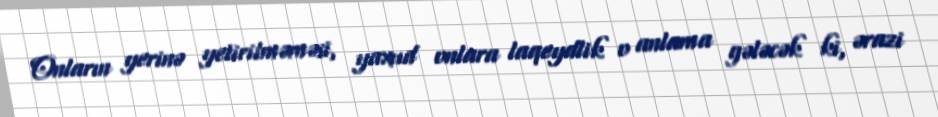
Onların yerinə yetirilməməsi, yaxud onlara laqeydlik o anlama gələcək ki, ərazi